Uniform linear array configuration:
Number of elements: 8
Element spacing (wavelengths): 0.75
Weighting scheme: exponential
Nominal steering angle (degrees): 45
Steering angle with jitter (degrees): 46.839
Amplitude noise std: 0.05
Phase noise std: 0.05

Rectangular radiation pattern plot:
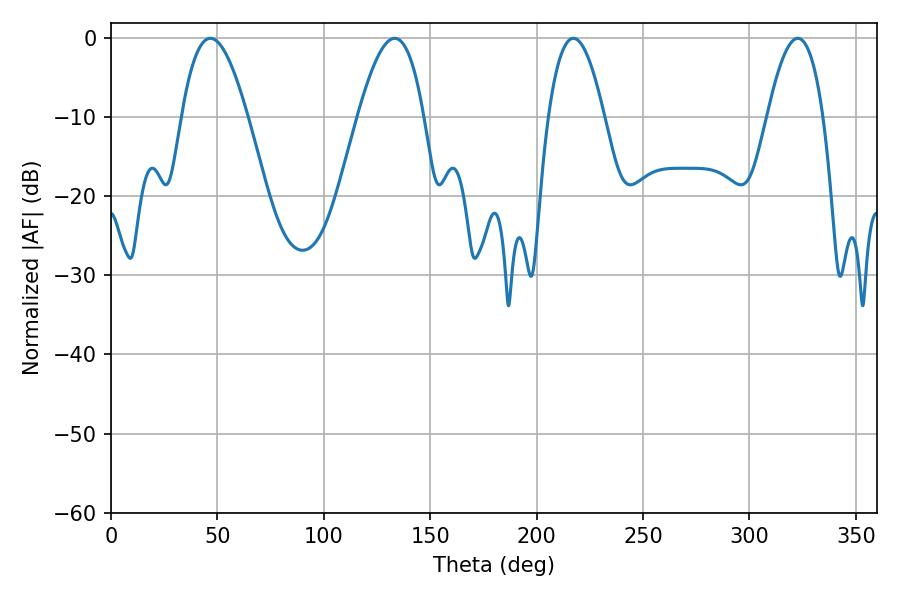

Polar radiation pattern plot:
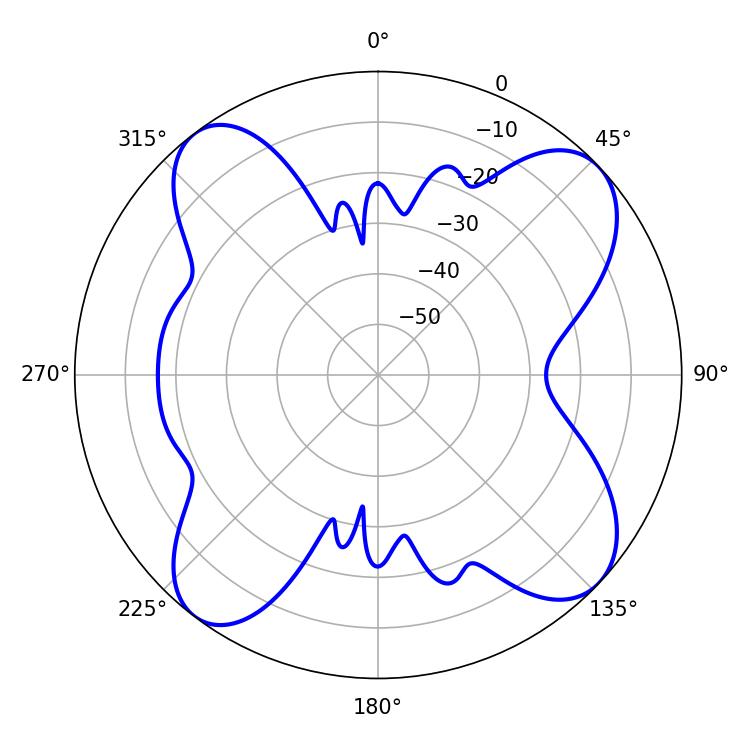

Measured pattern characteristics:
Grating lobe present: TRUE
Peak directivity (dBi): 12.144
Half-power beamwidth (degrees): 14.4
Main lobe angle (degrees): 217.26